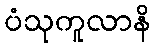
ပံသုကူလာနိ